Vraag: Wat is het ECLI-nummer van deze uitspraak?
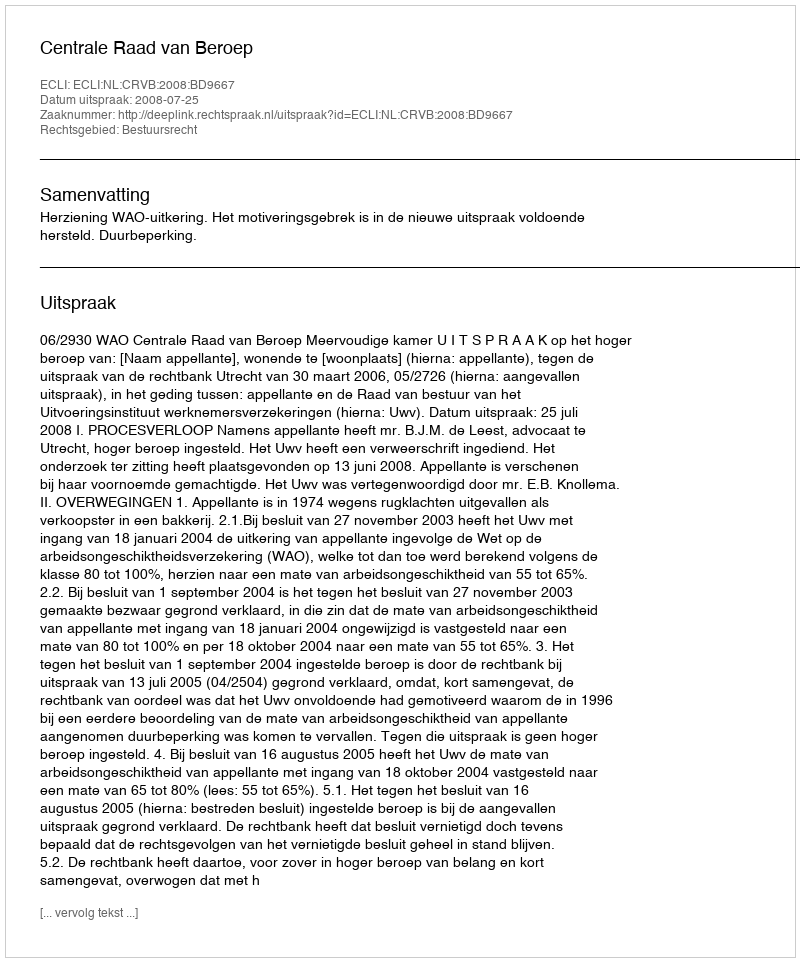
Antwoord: ECLI:NL:CRVB:2008:BD9667